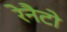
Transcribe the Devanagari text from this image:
रेनैटो